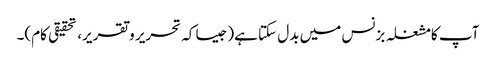
آپ کامشغلہ بزنس میں بدل سکتا ہے(جیسا کہ تحریر و تقریر، تحقیقی کام)۔